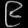
Digit: ၉